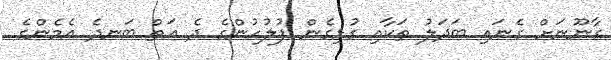
ގާނޫނަށް ގެނައި ބަދަލު ތަކާއި ގުޅިގެން ފުލުހުންގެ ދެ އަތް ބަނދެ އެމެންގެ